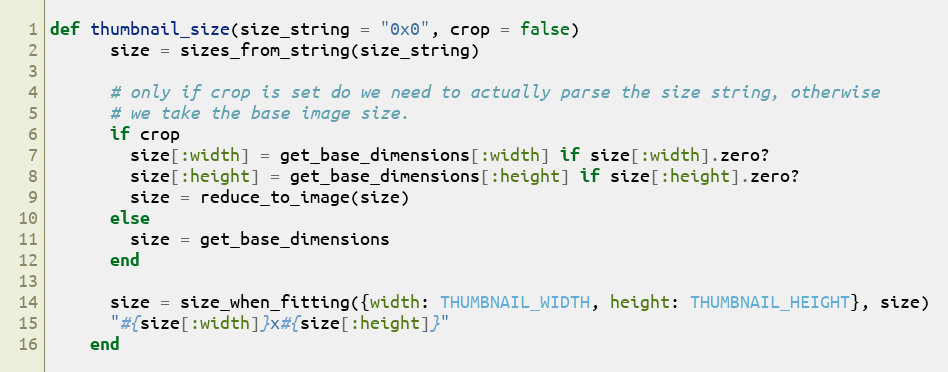
Language: Ruby
def thumbnail_size(size_string = "0x0", crop = false)
      size = sizes_from_string(size_string)

      # only if crop is set do we need to actually parse the size string, otherwise
      # we take the base image size.
      if crop
        size[:width] = get_base_dimensions[:width] if size[:width].zero?
        size[:height] = get_base_dimensions[:height] if size[:height].zero?
        size = reduce_to_image(size)
      else
        size = get_base_dimensions
      end

      size = size_when_fitting({width: THUMBNAIL_WIDTH, height: THUMBNAIL_HEIGHT}, size)
      "#{size[:width]}x#{size[:height]}"
    end